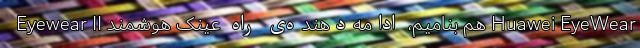
Eyewear II هم بنامیم، ادامه‌دهنده‌ی راه عینک هوشمند Huawei EyeWear